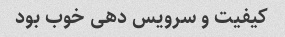
کیفیت و سرویس دهی خوب بود